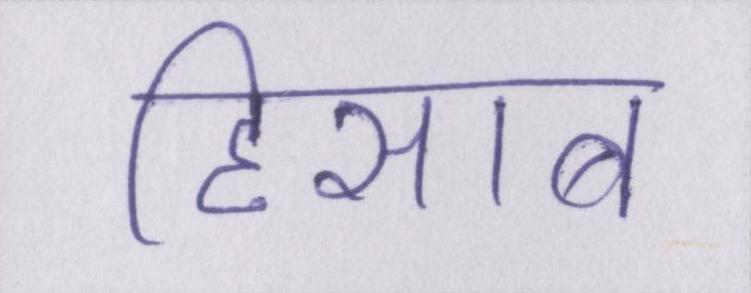
हिसाब